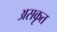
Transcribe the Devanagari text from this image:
असकृत